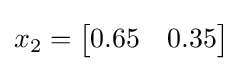
x_{2}={\begin{bmatrix}0.65&0.35\end{bmatrix}}